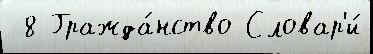
 8 Гражда́нство Словар'и́